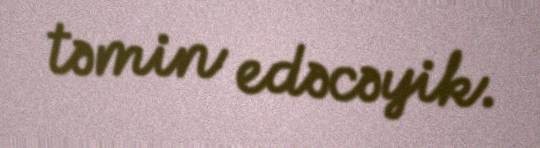
təmin edəcəyik.